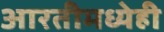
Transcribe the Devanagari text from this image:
आरतीमध्येही